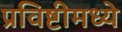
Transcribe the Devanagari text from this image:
प्रविष्टीमध्ये